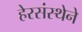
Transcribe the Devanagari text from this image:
हेरसंस्थेने